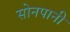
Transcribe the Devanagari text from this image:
सोनपानी